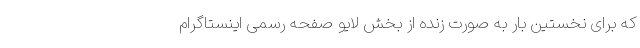
که برای نخستین بار به صورت زنده از بخش لایو صفحه رسمی اینستاگرام